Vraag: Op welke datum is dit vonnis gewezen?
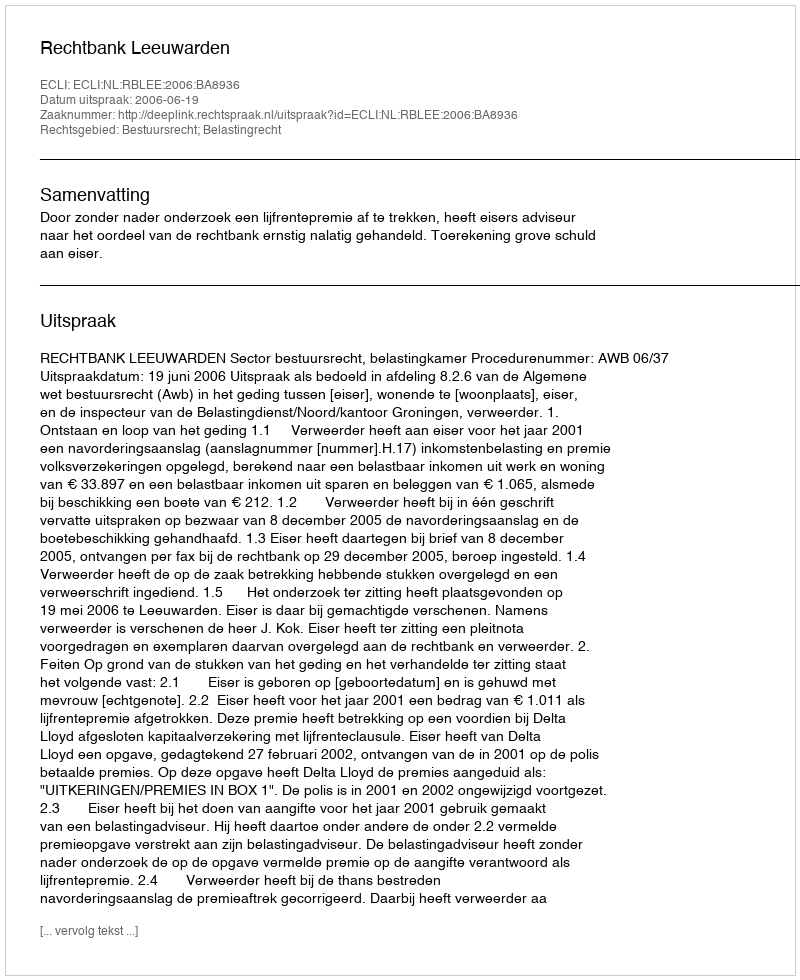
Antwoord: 2006-06-19